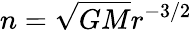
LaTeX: n={\sqrt{GM}}r^{-3/2}